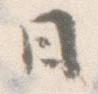
日